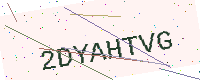
Text: 2DYAHTVG